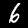
Digit: 6